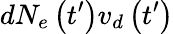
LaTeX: dN_{e}\left(t^{\prime}\right)v_{d}\left(t^{\prime}\right)